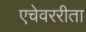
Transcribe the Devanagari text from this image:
एचेवररीता